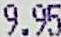
9.95